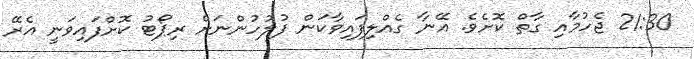
21:30 ޖެހުމާއި ގާތް ކޮށެވެ. އޭނާ ގެއްލިފައިވާކަން ފުލުހުންނަށް ރިޕޯޓު ކޮށްފައިވަނީ އެރޭ